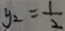
y _ { 2 } = \frac { 1 } { 2 }